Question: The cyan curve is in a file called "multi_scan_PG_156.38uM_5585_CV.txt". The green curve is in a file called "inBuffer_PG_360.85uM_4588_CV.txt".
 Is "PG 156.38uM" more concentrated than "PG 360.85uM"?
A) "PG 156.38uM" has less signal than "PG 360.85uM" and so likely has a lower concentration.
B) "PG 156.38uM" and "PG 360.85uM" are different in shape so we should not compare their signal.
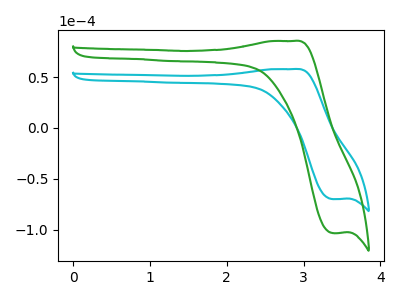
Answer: <think>The cyan curve "PG 156.38uM" has an anodic peak at (2.85V, 57.80uA) and a cathodic peak at (3.40V, -69.85uA). The green curve "PG 360.85uM" has an anodic peak at (2.85V, 85.40uA) and a cathodic peak at (3.40V, -103.20uA).
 All the peaks in "PG 156.38uM" have a peak in "PG 360.85uM" at the same potential. Every peak in "PG 156.38uM" is lower than every peak in "PG 360.85uM".</think>
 <answer>A) "PG 156.38uM" has less signal than "PG 360.85uM" and so likely has a lower concentration.</answer>
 <eval>A</eval>